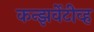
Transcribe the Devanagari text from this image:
कन्झर्वेटीव्ह